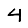
Digit: 4